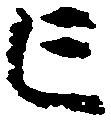
亡